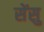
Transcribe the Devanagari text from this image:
सेंसु